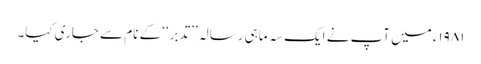
۱۹۸۱ء میں آپ نے ایک سہ ماہی رسالہ ’’تدبر‘‘ کے نام سے جاری کیا۔